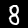
Digit: 8